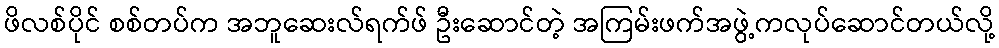
ဖိလစ်ပိုင် စစ်တပ်က အဘူဆေးလ်ရက်ဖ် ဦးဆောင်တဲ့ အကြမ်းဖက်အဖွဲ့ကလုပ်ဆောင်တယ်လို့